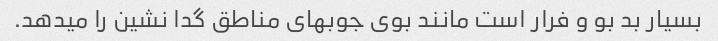
بسیار بد بو و فرار است مانند بوی جوبهای مناطق گدا نشین را میدهد.